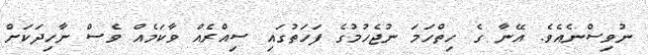
ނުވިސްނެއެވެ. އޭނާ ގެ ހިތްހަމަ ނުޖެހުމުގެ ފަހަތުގައި ސިއްރެއް ވާކަމެއް ވެސް ނާހިދަކަށް